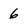
Character: 6